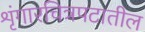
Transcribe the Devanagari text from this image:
शृंगारचित्रपटातील